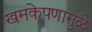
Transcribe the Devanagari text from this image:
खमकेपणामुळे